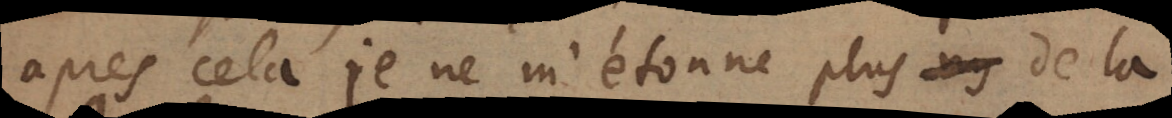
après cela je ne m’étonne plus ny de la